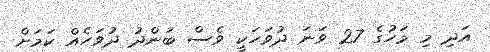
އަދި މި މަހުގެ 27 ވަނަ ދުވަހަކީ ވެސް ބަންދު ދުވަހެއް ކަމަށް